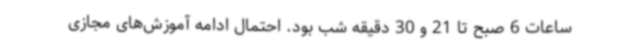
ساعات 6 صبح تا 21 و 30 دقیقه شب بود. احتمال ادامه آموزش‌های مجازی